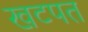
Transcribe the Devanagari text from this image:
खटपत